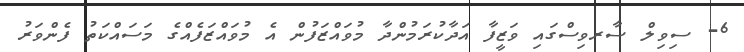
6- ސިވިލް ސާރވިސްގައި ވަޒީފާ އަދާކުރަމުންދާ މުވައްޒަފުން އެ މުވައްޒަފެއްގެ މަސައްކަތު ފެންވަރު